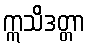
ဣသိဒတ္တာ